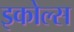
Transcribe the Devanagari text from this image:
इकोल्स